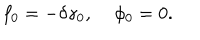
LaTeX: f _ { 0 } = - \delta \gamma _ { 0 } , \; \phi _ { 0 } = 0 .